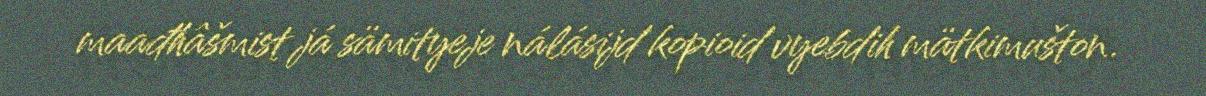
maađhâšmist já sämityeje nálásijd kopioid vyebdih mätkimušton.